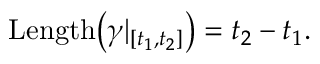
\operatorname { L e n g t h } \! \left( \gamma | _ { [ t _ { 1 } , t _ { 2 } ] } \right) = t _ { 2 } - t _ { 1 } .